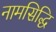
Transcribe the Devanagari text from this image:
नामसिद्धि